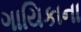
ગાયિકાના